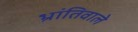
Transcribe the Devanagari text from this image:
भ्रांतिवाले